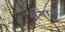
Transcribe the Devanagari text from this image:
मगाथ